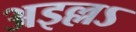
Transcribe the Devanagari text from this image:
अइल्लऽ